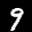
Label: 9